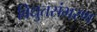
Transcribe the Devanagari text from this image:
विद्युतसंभरण